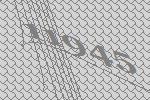
11945